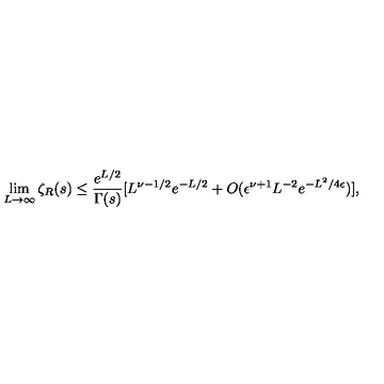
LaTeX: \lim _ { L \to \infty } \zeta _ { R } ( s ) \le { \frac { e ^ { L / 2 } } { \Gamma ( s ) } } [ L ^ { \nu - 1 / 2 } e ^ { - L / 2 } + O ( \epsilon ^ { \nu + 1 } L ^ { - 2 } e ^ { - L ^ { 2 } / 4 \epsilon } ) ] ,